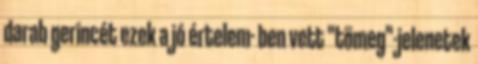
darab gerincét ezek a jó értelem- ben vett "tömeg"-jelenetek